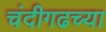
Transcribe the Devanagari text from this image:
चंदीगढच्या